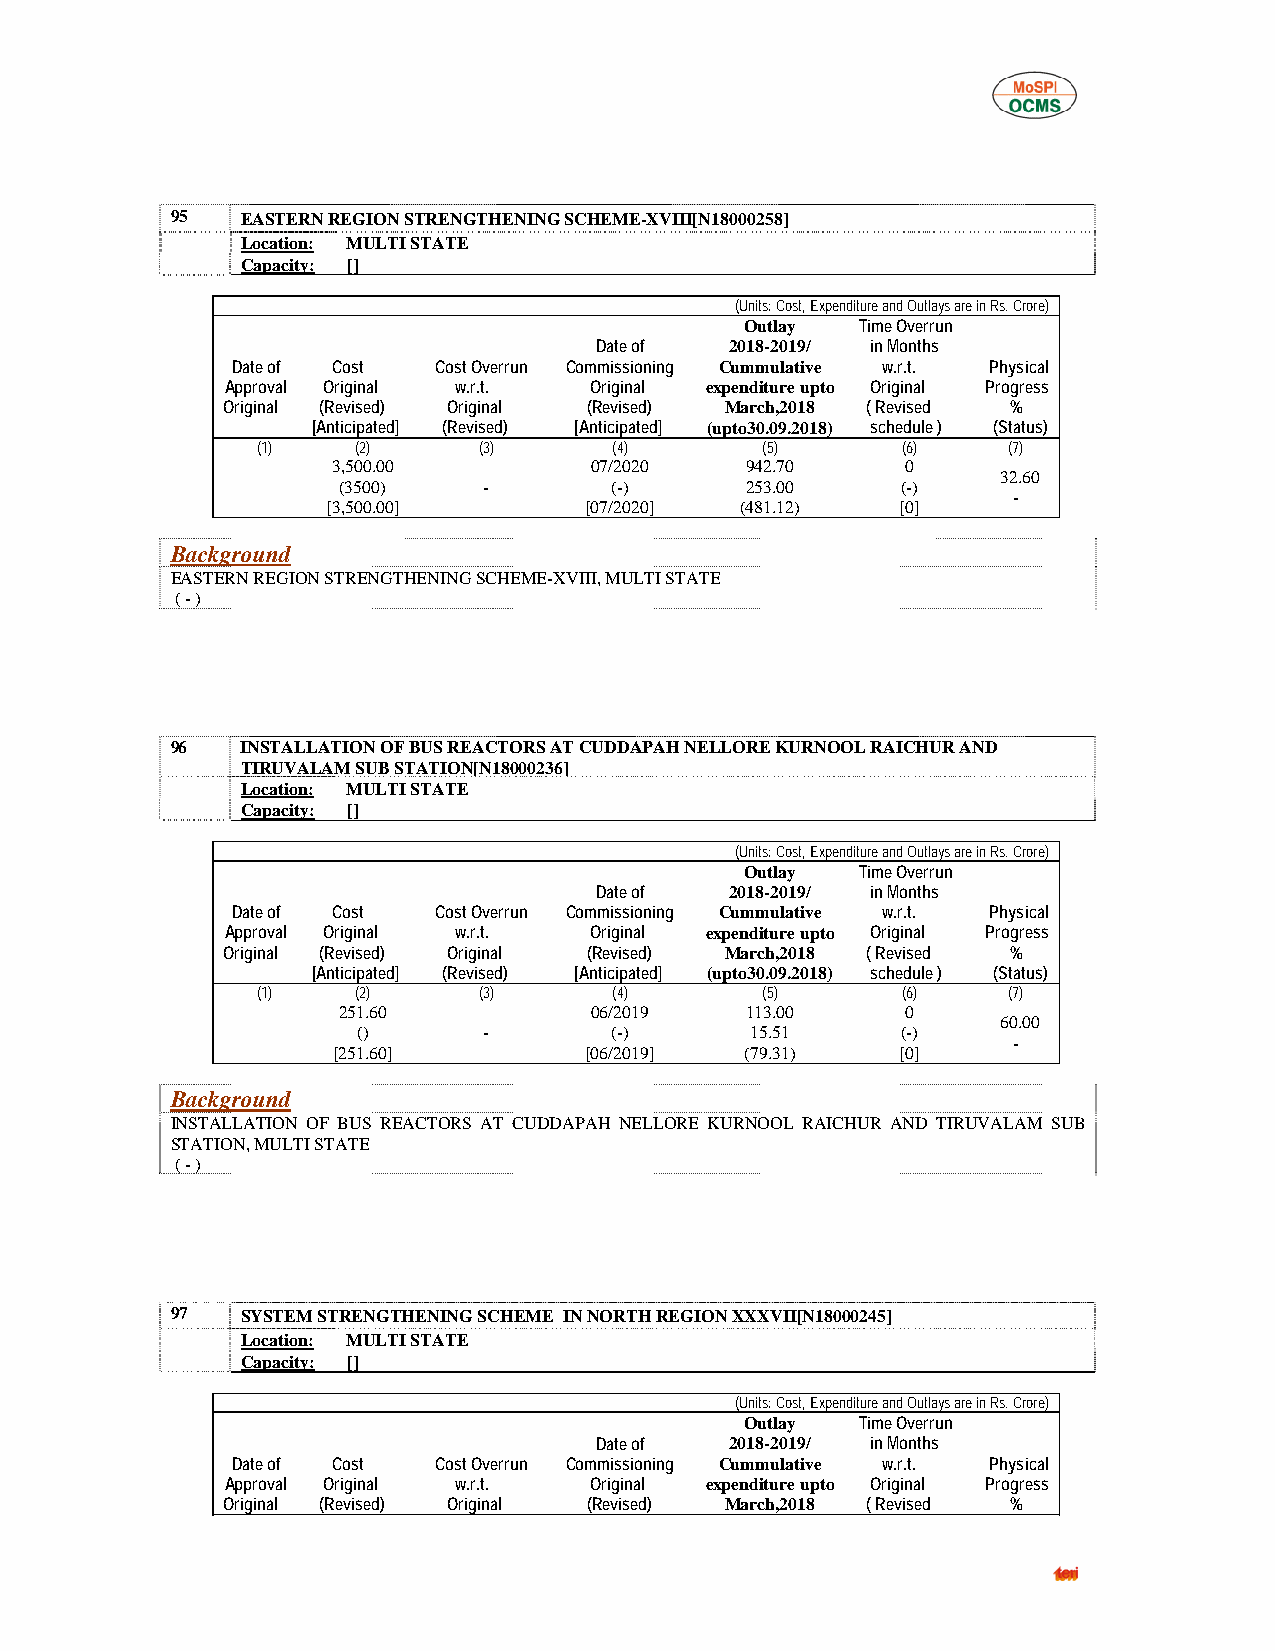
95   EASTERN REGION STRENGTHENING SCHEME-XVIII[N18000258]
 Location: MULTI STATE
 Capacity: []
 (Units: Cost, Expenditure and Outlays are in Rs. Crore)
 Outlay  Time Overrun
 Date of  2018-2019/ in Months
 Date of Cost  Cost Overrun Commissioning Cummulative w.r.t. Physical
 Approval Original w.r.t. Original expenditure upto Original Progress
 Original (Revised) Original (Revised) March,2018 ( Revised %
 [Anticipated] (Revised) [Anticipated] (upto30.09.2018) schedule ) (Status)
 (1)    (2)     (3)      (4)      (5)       (6)    (7)
 3,500.00         07/2020   942.70     0
 32.60
 (3500)    -       (-)      253.00     (-)
 -
 [3,500.00]       [07/2020] (481.12)   [0]
 Background
 EASTERN REGION STRENGTHENING SCHEME-XVIII, MULTI STATE
 ( - )
 96   INSTALLATION OF BUS REACTORS AT CUDDAPAH NELLORE KURNOOL RAICHUR AND
 TIRUVALAM SUB STATION[N18000236]
 Location: MULTI STATE
 Capacity: []
 (Units: Cost, Expenditure and Outlays are in Rs. Crore)
 Outlay  Time Overrun
 Date of  2018-2019/ in Months
 Date of Cost  Cost Overrun Commissioning Cummulative w.r.t. Physical
 Approval Original w.r.t. Original expenditure upto Original Progress
 Original (Revised) Original (Revised) March,2018 ( Revised %
 [Anticipated] (Revised) [Anticipated] (upto30.09.2018) schedule ) (Status)
 (1)    (2)     (3)      (4)      (5)       (6)    (7)
 251.60           06/2019   113.00     0
 60.00
 ()      -       (-)       15.51     (-)
 -
 [251.60]         [06/2019] (79.31)    [0]
 Background
 INSTALLATION OF BUS REACTORS AT CUDDAPAH NELLORE KURNOOL RAICHUR AND TIRUVALAM SUB
 STATION, MULTI STATE
 ( - )
 97   SYSTEM STRENGTHENING SCHEME IN NORTH REGION XXXVII[N18000245]
 Location: MULTI STATE
 Capacity: []
 (Units: Cost, Expenditure and Outlays are in Rs. Crore)
 Outlay  Time Overrun
 Date of  2018-2019/ in Months
 Date of Cost  Cost Overrun Commissioning Cummulative w.r.t. Physical
 Approval Original w.r.t. Original expenditure upto Original Progress
 Original (Revised) Original (Revised) March,2018 ( Revised %